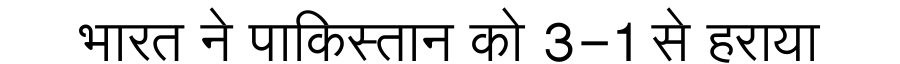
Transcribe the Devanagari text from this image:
भारत ने पाकिस्तान को 3-1 से हराया